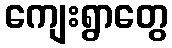
ကျေးရွာတွေ